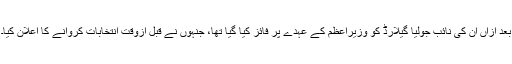
بعد ازاں ان کی نائب جولیا گیلارڈ کو وزیراعظم کے عہدے پر فائز کیا گیا تھا، جنہوں نے قبل ازوقت انتخابات کروانے کا اعلان کیا۔